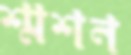
শ্মশন